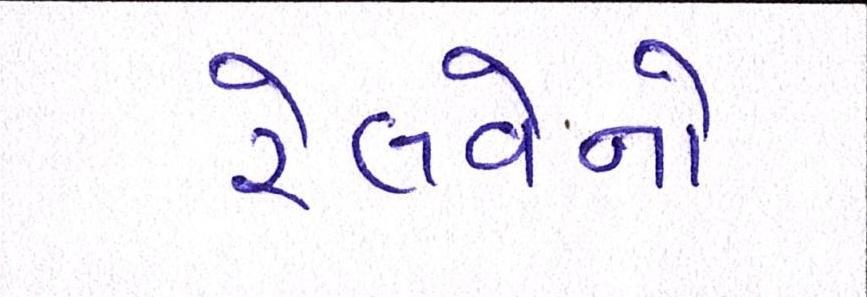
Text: રેલવેનો